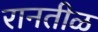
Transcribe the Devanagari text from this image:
रानतीळ